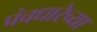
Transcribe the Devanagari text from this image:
पंचधारेच्या